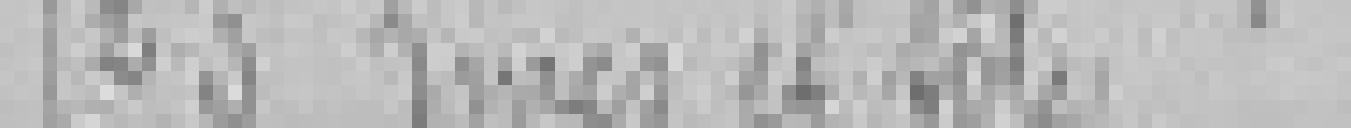
23. Zincs et tôles